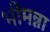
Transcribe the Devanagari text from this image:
भीमन्ना